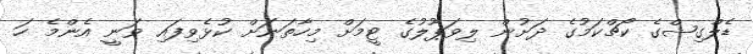
ޑެލްގިޝްގެ ކޯޗްކަމުގެ ދަށުން ލިވަޕޫލުގެ ޓީމަށް މިހާތަނަށް ކުޅެވިފައި ވަނީ އެންމެ ހަ